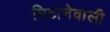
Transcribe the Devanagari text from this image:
मिटानेवाली